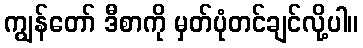
ကျွန်တော် ဒီစာကို မှတ်ပုံတင်ချင်လို့ပါ။